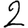
Digit: 2